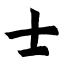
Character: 士